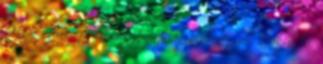
Ha a szervezet bármely pontján pl. fertőzés alakul ki,